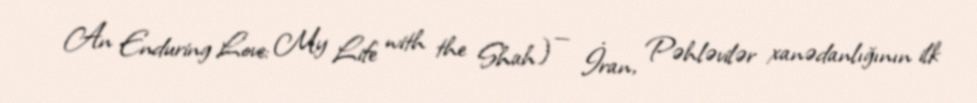
An Enduring Love: My Life with the Shah) — İran, Pəhləvilər xanədanlığının ilk